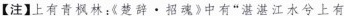
【注】上有青枫林：《楚辞·招魂》中有"湛湛江水兮上有